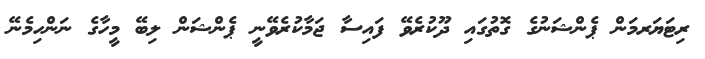
ރިޓަޔަރމަން ޕެންޝަނުގެ ގޮތުގައި ދޫކުރެވޭ ފައިސާ ޖަމާކުރެވޭނީ ޕެންޝަން ލިބޭ މީހާގެ ނަންހިމެނޭ